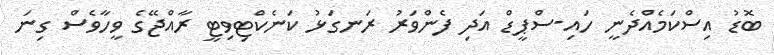
ބޮޑު އިސްކަމެއްދެނީ ހައި-ސްޕީޑް އަދި ފެންވަރު ރަނގަޅު ކަނެކްޓިވިޓީ ރާއްޖޭގެ ވީހާވެސް ގިނަ